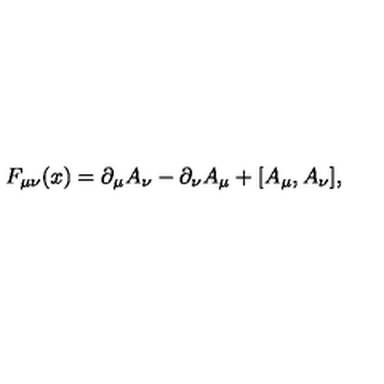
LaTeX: F _ { \mu \nu } ( x ) = \partial _ { \mu } A _ { \nu } - \partial _ { \nu } A _ { \mu } + [ A _ { \mu } , A _ { \nu } ] ,